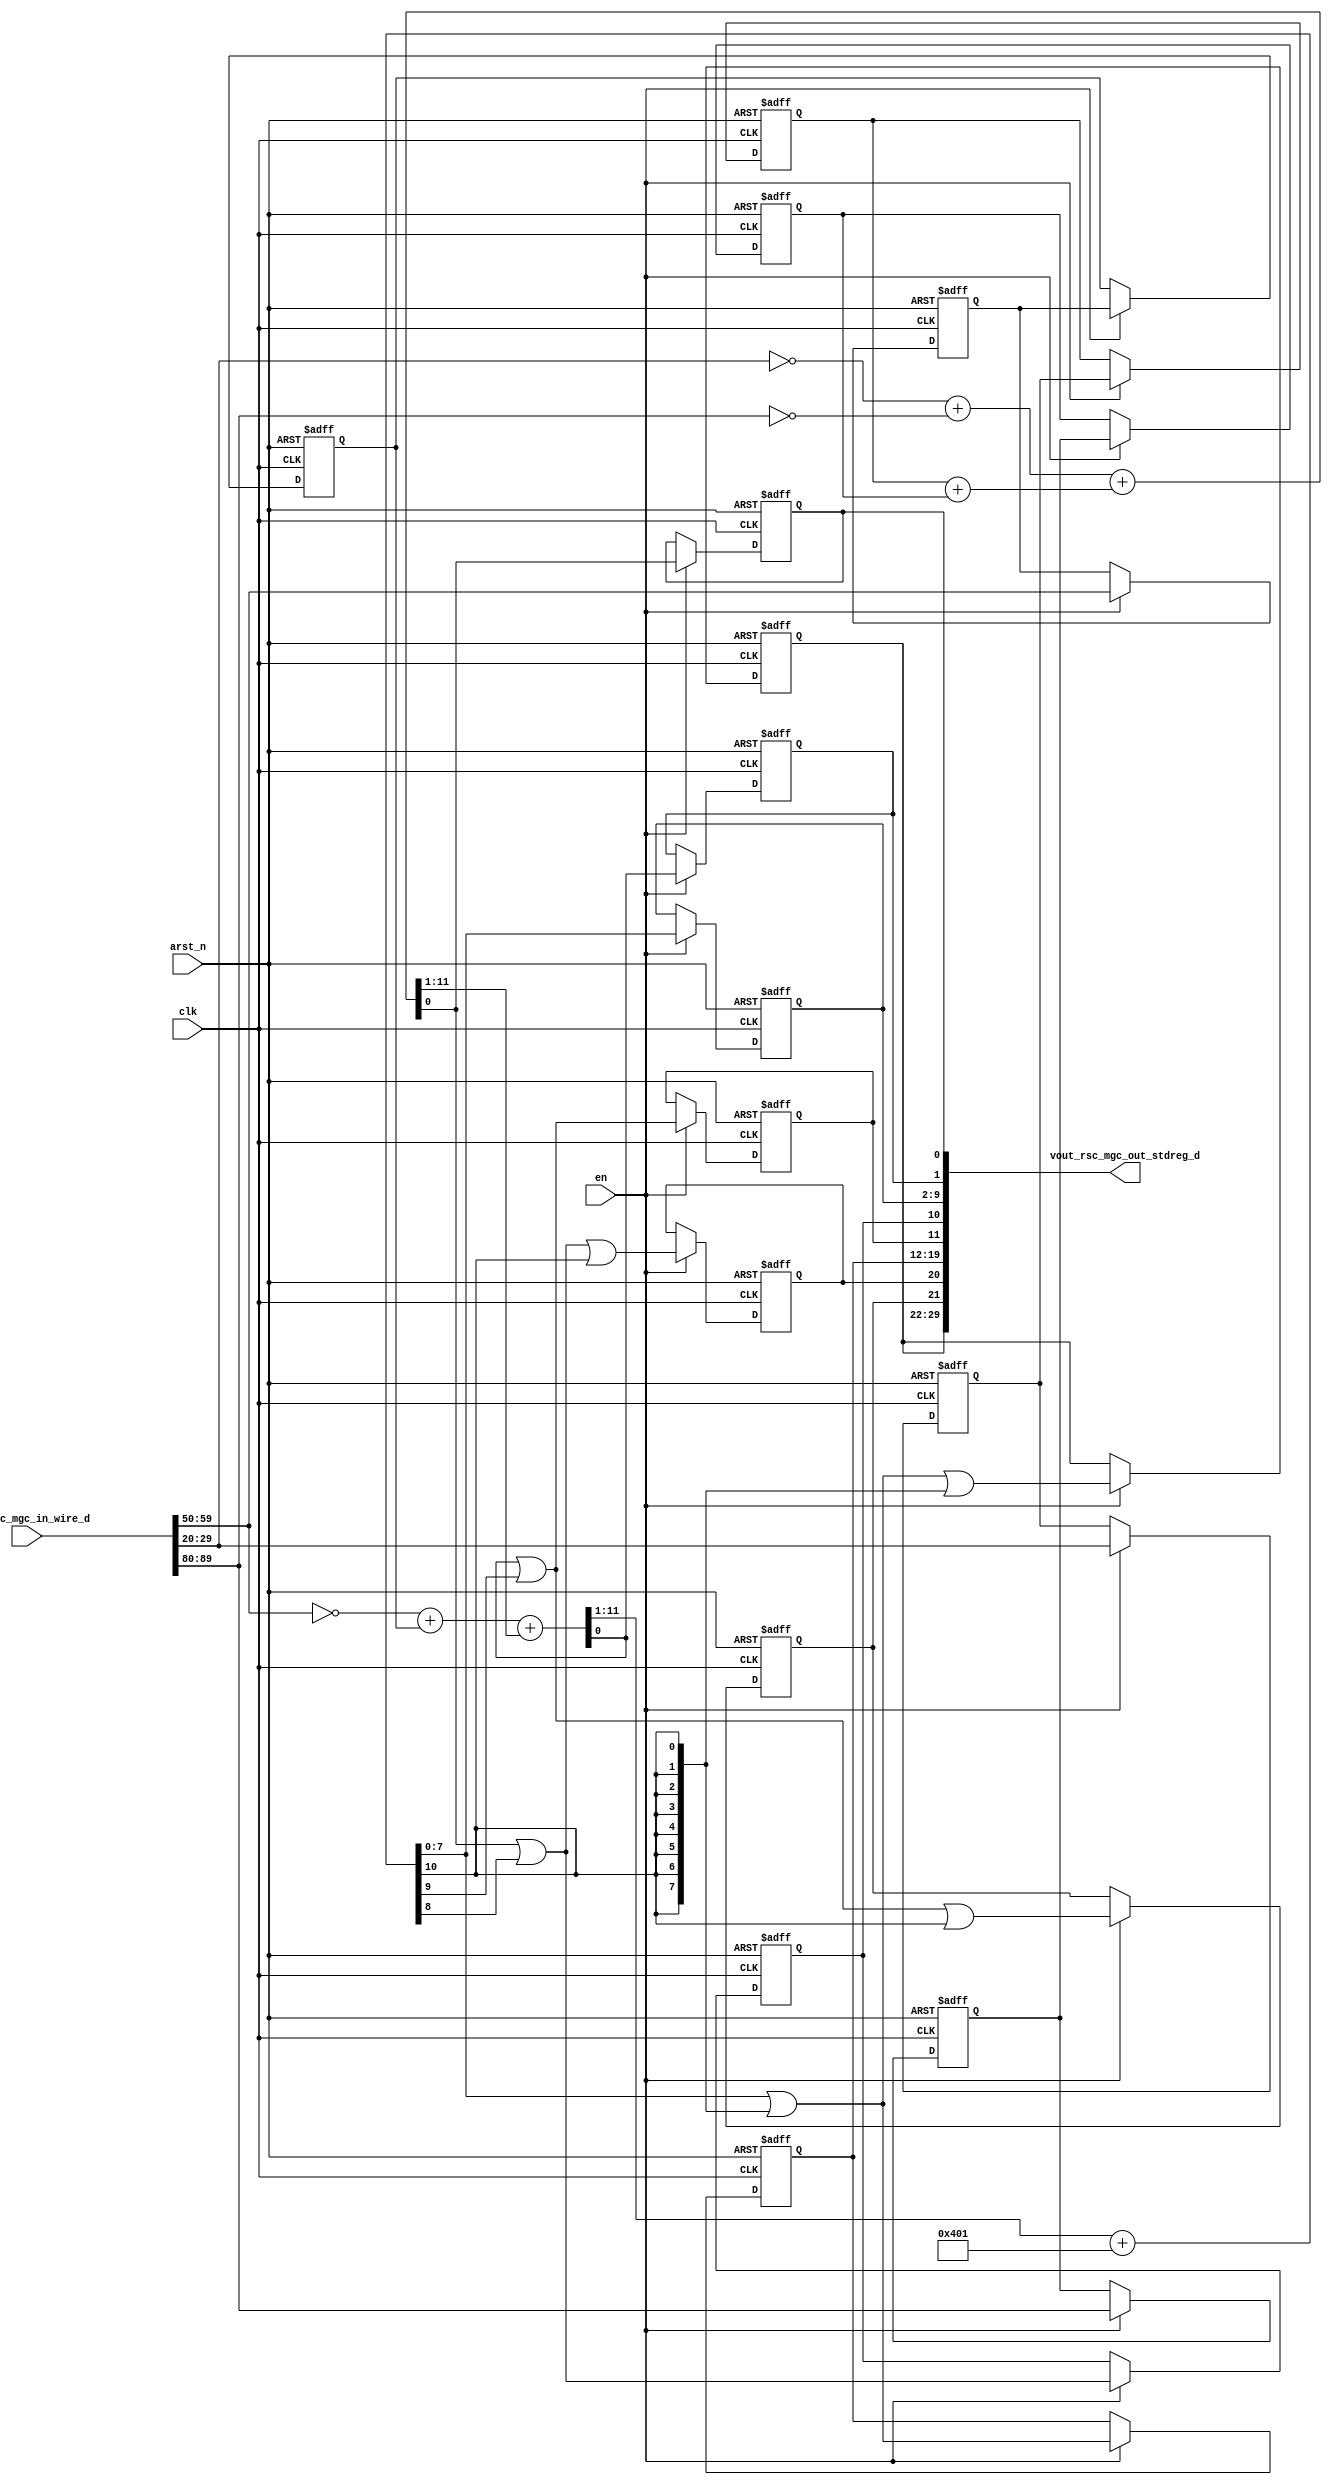
module edge_core (
  clk, en, arst_n, vin_rsc_mgc_in_wire_d, vout_rsc_mgc_out_stdreg_d
);
  input clk;
  input en;
  input arst_n;
  input [89:0] vin_rsc_mgc_in_wire_d;
  output [29:0] vout_rsc_mgc_out_stdreg_d;


  // Interconnect Declarations
  reg [9:0] regs_regs_1_sg3_sva;
  reg [9:0] regs_regs_1_sg1_sva;
  reg [9:0] regs_regs_1_sg5_sva;
  reg [9:0] ACC1_asn_itm;
  reg [9:0] ACC1_asn_2_itm;
  reg [9:0] ACC1_asn_3_itm;
  reg [7:0] reg_vout_rsc_mgc_out_stdreg_d_tmp;
  reg reg_vout_rsc_mgc_out_stdreg_d_tmp_1;
  reg reg_vout_rsc_mgc_out_stdreg_d_tmp_2;
  reg [7:0] reg_vout_rsc_mgc_out_stdreg_d_tmp_3;
  reg reg_vout_rsc_mgc_out_stdreg_d_tmp_4;
  reg reg_vout_rsc_mgc_out_stdreg_d_tmp_5;
  reg [7:0] reg_vout_rsc_mgc_out_stdreg_d_tmp_6;
  reg reg_vout_rsc_mgc_out_stdreg_d_tmp_7;
  reg reg_vout_rsc_mgc_out_stdreg_d_tmp_8;
  wire [10:0] ACC1_acc_psp;
  wire [11:0] nl_ACC1_acc_psp;
  wire [11:0] ACC1_acc_12_sdt;
  wire [12:0] nl_ACC1_acc_12_sdt;
  wire [11:0] ACC1_acc_8_sdt;
  wire [12:0] nl_ACC1_acc_8_sdt;


  // Interconnect Declarations for Component Instantiations 
  assign vout_rsc_mgc_out_stdreg_d = {reg_vout_rsc_mgc_out_stdreg_d_tmp , reg_vout_rsc_mgc_out_stdreg_d_tmp_1
      , reg_vout_rsc_mgc_out_stdreg_d_tmp_2 , reg_vout_rsc_mgc_out_stdreg_d_tmp_3
      , reg_vout_rsc_mgc_out_stdreg_d_tmp_4 , reg_vout_rsc_mgc_out_stdreg_d_tmp_5
      , reg_vout_rsc_mgc_out_stdreg_d_tmp_6 , reg_vout_rsc_mgc_out_stdreg_d_tmp_7
      , reg_vout_rsc_mgc_out_stdreg_d_tmp_8};
  assign nl_ACC1_acc_psp = (ACC1_acc_12_sdt[11:1]) + 11'b10000000001;
  assign ACC1_acc_psp = nl_ACC1_acc_psp[10:0];
  assign nl_ACC1_acc_12_sdt = conv_u2u_11_12(conv_u2u_10_11(~ (vin_rsc_mgc_in_wire_d[59:50]))
      + conv_u2u_10_11(ACC1_asn_3_itm)) + conv_u2u_11_12(ACC1_acc_8_sdt[11:1]);
  assign ACC1_acc_12_sdt = nl_ACC1_acc_12_sdt[11:0];
  assign nl_ACC1_acc_8_sdt = conv_u2u_11_12(conv_u2u_10_11(~ (vin_rsc_mgc_in_wire_d[29:20]))
      + conv_u2u_10_11(~ (vin_rsc_mgc_in_wire_d[89:80]))) + conv_u2u_11_12(conv_u2u_10_11(ACC1_asn_itm)
      + conv_u2u_10_11(ACC1_asn_2_itm));
  assign ACC1_acc_8_sdt = nl_ACC1_acc_8_sdt[11:0];
  always @(posedge clk or negedge arst_n) begin
    if ( ~ arst_n ) begin
      ACC1_asn_3_itm <= 10'b0;
      ACC1_asn_itm <= 10'b0;
      ACC1_asn_2_itm <= 10'b0;
      regs_regs_1_sg3_sva <= 10'b0;
      regs_regs_1_sg5_sva <= 10'b0;
      regs_regs_1_sg1_sva <= 10'b0;
      reg_vout_rsc_mgc_out_stdreg_d_tmp <= 8'b0;
      reg_vout_rsc_mgc_out_stdreg_d_tmp_1 <= 1'b0;
      reg_vout_rsc_mgc_out_stdreg_d_tmp_2 <= 1'b0;
      reg_vout_rsc_mgc_out_stdreg_d_tmp_3 <= 8'b0;
      reg_vout_rsc_mgc_out_stdreg_d_tmp_4 <= 1'b0;
      reg_vout_rsc_mgc_out_stdreg_d_tmp_5 <= 1'b0;
      reg_vout_rsc_mgc_out_stdreg_d_tmp_6 <= 8'b0;
      reg_vout_rsc_mgc_out_stdreg_d_tmp_7 <= 1'b0;
      reg_vout_rsc_mgc_out_stdreg_d_tmp_8 <= 1'b0;
    end
    else begin
      if ( en ) begin
        ACC1_asn_3_itm <= regs_regs_1_sg3_sva;
        ACC1_asn_itm <= regs_regs_1_sg1_sva;
        ACC1_asn_2_itm <= regs_regs_1_sg5_sva;
        regs_regs_1_sg3_sva <= vin_rsc_mgc_in_wire_d[59:50];
        regs_regs_1_sg5_sva <= vin_rsc_mgc_in_wire_d[89:80];
        regs_regs_1_sg1_sva <= vin_rsc_mgc_in_wire_d[29:20];
        reg_vout_rsc_mgc_out_stdreg_d_tmp <= (ACC1_acc_psp[7:0]) | (signext_8_1(ACC1_acc_psp[10]))
            | (signext_8_1(ACC1_acc_psp[10]));
        reg_vout_rsc_mgc_out_stdreg_d_tmp_1 <= (ACC1_acc_12_sdt[0]) | (ACC1_acc_psp[9])
            | (ACC1_acc_psp[10]);
        reg_vout_rsc_mgc_out_stdreg_d_tmp_2 <= (ACC1_acc_8_sdt[0]) | (ACC1_acc_psp[8])
            | (ACC1_acc_psp[10]);
        reg_vout_rsc_mgc_out_stdreg_d_tmp_3 <= (ACC1_acc_psp[7:0]) | (signext_8_1(ACC1_acc_psp[10]));
        reg_vout_rsc_mgc_out_stdreg_d_tmp_4 <= (ACC1_acc_12_sdt[0]) | (ACC1_acc_psp[9]);
        reg_vout_rsc_mgc_out_stdreg_d_tmp_5 <= (ACC1_acc_8_sdt[0]) | (ACC1_acc_psp[8]);
        reg_vout_rsc_mgc_out_stdreg_d_tmp_6 <= ACC1_acc_psp[7:0];
        reg_vout_rsc_mgc_out_stdreg_d_tmp_7 <= ACC1_acc_12_sdt[0];
        reg_vout_rsc_mgc_out_stdreg_d_tmp_8 <= ACC1_acc_8_sdt[0];
      end
    end
  end

  function [7:0] signext_8_1;
    input [0:0] vector;
  begin
    signext_8_1= {{7{vector[0]}}, vector};
  end
  endfunction


  function  [11:0] conv_u2u_11_12 ;
    input [10:0]  vector ;
  begin
    conv_u2u_11_12 = {1'b0, vector};
  end
  endfunction


  function  [10:0] conv_u2u_10_11 ;
    input [9:0]  vector ;
  begin
    conv_u2u_10_11 = {1'b0, vector};
  end
  endfunction

endmodule
module edge_0 (
  vin_rsc_z, vout_rsc_z, clk, en, arst_n
);
  input [89:0] vin_rsc_z;
  output [29:0] vout_rsc_z;
  input clk;
  input en;
  input arst_n;


  // Interconnect Declarations
  wire [89:0] vin_rsc_mgc_in_wire_d;
  wire [29:0] vout_rsc_mgc_out_stdreg_d;


  // Interconnect Declarations for Component Instantiations 
  mgc_in_wire #(.rscid(1),
  .width(90)) vin_rsc_mgc_in_wire (
      .d(vin_rsc_mgc_in_wire_d),
      .z(vin_rsc_z)
    );
  mgc_out_stdreg #(.rscid(2),
  .width(30)) vout_rsc_mgc_out_stdreg (
      .d(vout_rsc_mgc_out_stdreg_d),
      .z(vout_rsc_z)
    );
  edge_core edge_core_inst (
      .clk(clk),
      .en(en),
      .arst_n(arst_n),
      .vin_rsc_mgc_in_wire_d(vin_rsc_mgc_in_wire_d),
      .vout_rsc_mgc_out_stdreg_d(vout_rsc_mgc_out_stdreg_d)
    );
endmodule